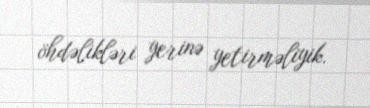
öhdəlikləri yerinə yetirməliyik.